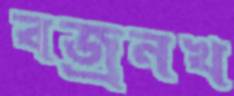
বজ্রনখ